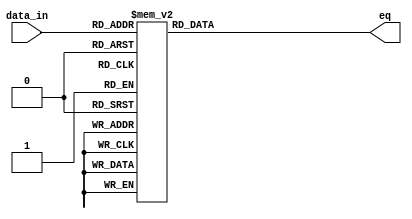
module lhn_3to8_dec (data_in, eq);

input [2:0] data_in;
output reg	[7:0] eq;

always @ (data_in)
	case (data_in)
		3'h0: eq = 8'h01;
		3'h1: eq = 8'h02;
		3'h2: eq = 8'h04;
		3'h3: eq = 8'h08;
		3'h4: eq = 8'h10;
		3'h5: eq = 8'h20;
		3'h6: eq = 8'h40;
		3'h7: eq = 8'h80;
		default: eq = 8'h00;
	endcase
endmodule